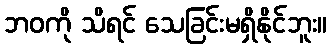
ဘဝကို သိရင် သေခြင်းမရှိနိုင်ဘူး။